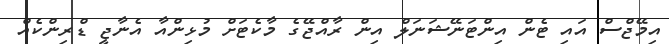
އިމޭޖްސް އައި ޓެން އިންޓަނޭޝަނަލް އިން ރާއްޖޭގެ މާކެޓަށް މުޅިންއާ އެނާޖީ ޑްރިންކެއް